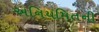
અનિયમિતની